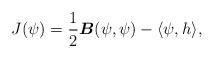
LaTeX: \begin{align*}J(\psi)=\frac{1}{2}\boldsymbol{B}(\psi,\psi)-\langle \psi,h\rangle,\end{align*}